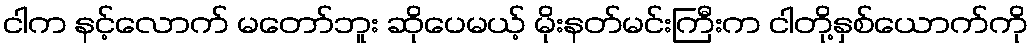
ငါက နင့်လောက် မတော်ဘူး ဆိုပေမယ့် မိုးနတ်မင်းကြီးက ငါတို့နှစ်ယောက်ကို